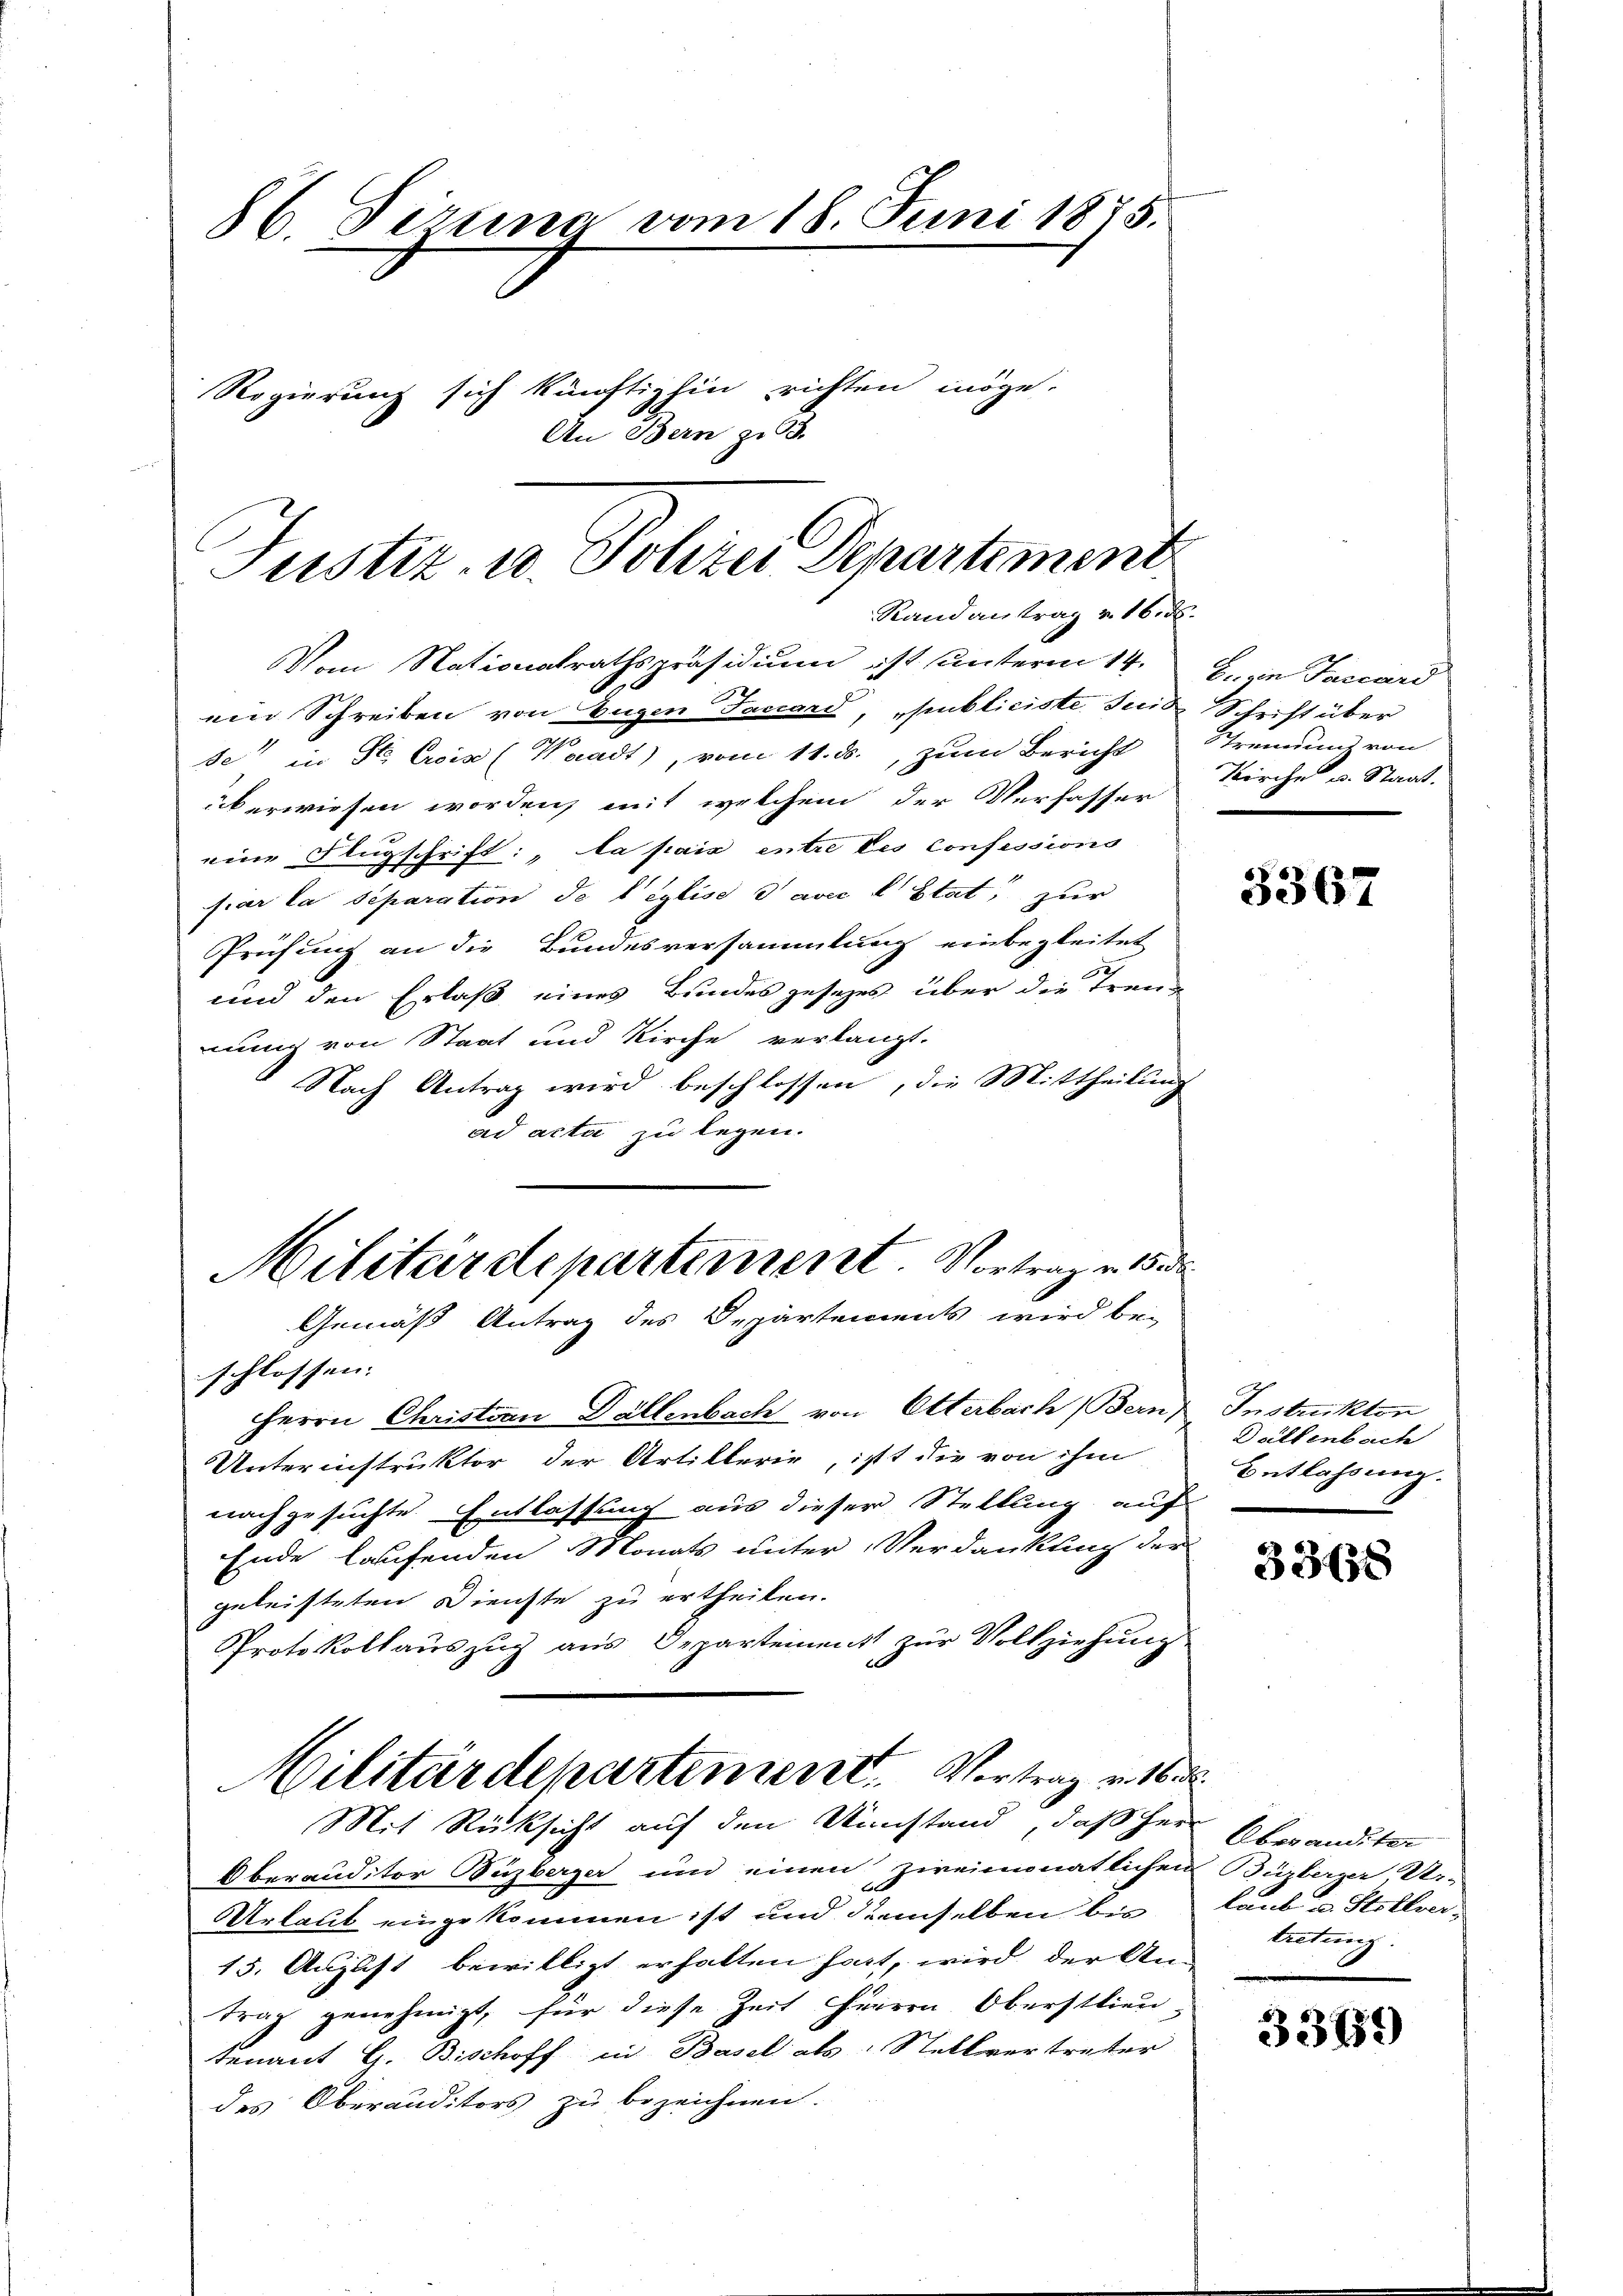
86 Firina vom 18. Juni 1875.
Regierung sich künftighin richten möge.
An Bern z. B.

Justiz- u. Polizei Departement
Randantrag v. 16. ds.

Vom Nationalrathspräsidium ist unterm 14. J. in Faccord
ein Schreiben von Eugen Faccaro, publiciste suis Schrift über
de" in St. Civis (Waadt), vom 11. ds., zum Bericht
überwiesen worden, mit welchem der Verfasser
eine Flugschrift: „La pais entre des Confessions
fiar la separation de liglise avec l’Etat, zur
Prüfung an die Bundesversammlung einbegleitet
und den Erlaß eines Bundesgesezes über die Treunung von Staat und Kirche verlangt.
Nach Antrag wird beschlossen, die Mittheilung
ad acta zu legen.
schlossen. |
Herrn Christian Dällenbach von Otterbach Bern
Unterinstruktor der Artillerie, ist die von ihm
nachgesuchte Entlassung aus dieser Stellung auf
Ende laufenden Monats unter Verdankung der
geleisteten Dienste zu ertheilen.
Protokollauszug aus Departement zur Vollziehung
Militärdepartement. Vortrag v. 16
Mit Rücksicht auf den Umstand, daß Herr
Oberauditor Buzberger und einen zweimonatlichen
Urlaub eingekommen ist und demselben bis
15. August bewilligt erhalten hatt, wird der An-
trag genehmigt, für diese Zeit Herren Oberstlieu
Senant G. Bischoff in Basel als Stellvertreter
des Oberauditors zu bezeichnen.

Militärdepartement Vortrag v. 18
Gemäß Antrag des Departements wird be-

Sfremdung von
Kirche u. Staat.

5367

Instrukten
Dellenbach
Entlassung.

33138

Oberanditer
Büzberger, Ur-
taub u. Stellver
beitung.

3369